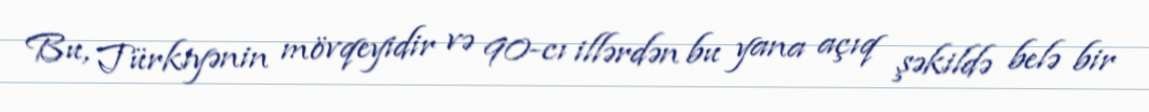
Bu, Türkiyənin mövqeyidir və 90-cı illərdən bu yana açıq şəkildə belə bir